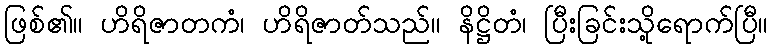
ဖြစ်၏။ ဟိရိဇာတကံ၊ ဟိရိဇာတ်သည်။ နိဋ္ဌိတံ၊ ပြီးခြင်းသို့ရောက်ပြီ။